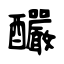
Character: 釅